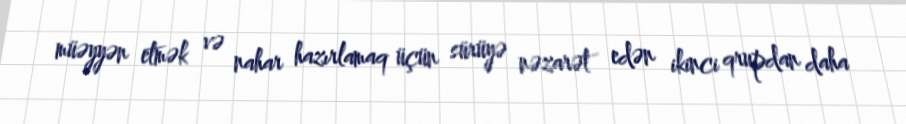
müəyyən etmək və nahar hazırlamaq üçün sürüyə nəzarət edən ikinci qrupdan daha